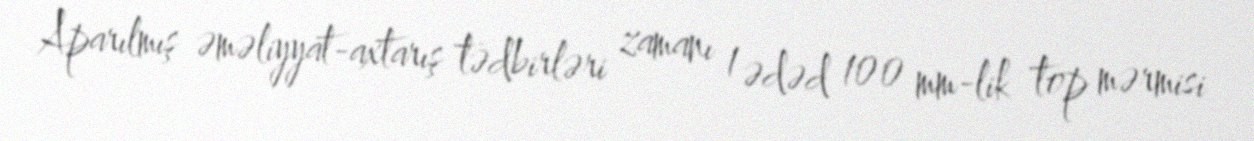
Aparılmış əməliyyat-axtarış tədbirləri zamanı 1 ədəd 100 mm-lik top mərmisi